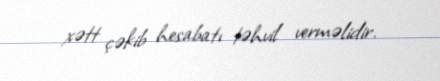
xətt çəkib hesabatı təhvil verməlidir.